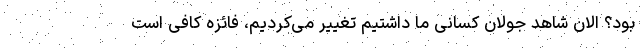
بود؟ الان شاهد جولان کسانی ما داشتیم تغییر می‌کردیم، فائزه کافی است